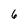
Character: 6